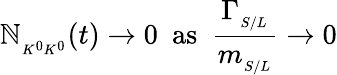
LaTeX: \mathbb{N}_{{}_{K^{0}K^{0}}}(t)\to0\, \, \, \mathrm{{as}}\, \, \, {\frac{{\Gamma_{{}_{S/L}}}}{{m_{{}_{S/L}}}}}\to0